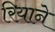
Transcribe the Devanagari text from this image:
रियाने